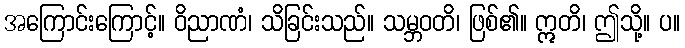
အကြောင်းကြောင့်။ ဝိညာဏံ၊ သိခြင်းသည်။ သမ္ဘဝတိ၊ ဖြစ်၏။ ဣတိ၊ ဤသို့။ ပ။